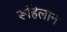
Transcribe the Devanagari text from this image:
रूहिलान